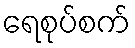
ရေစုပ်စက်